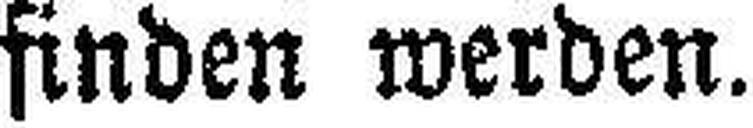
finden werden.